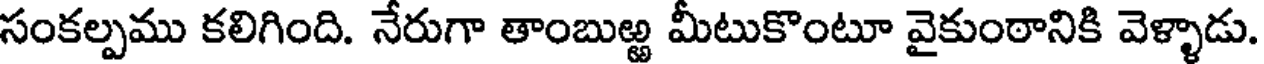
సంకల్పము కలిగింది. నేరుగా తాంబుఱ్ఱ మీటుకొంటూ వైకుంఠానికి వెళ్ళాడు.